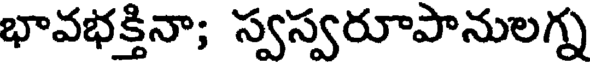
భావభక్తినా; స్వస్వరూపానులగ్న